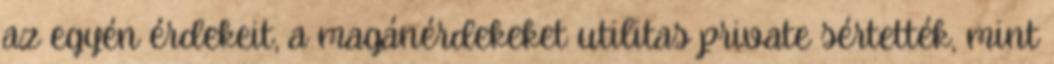
az egyén érdekeit, a magánérdekeket utilitas private sértették, mint